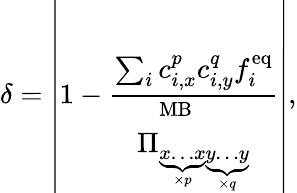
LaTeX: \delta=\left\vert 1-\frac{\sum_{i}c_{i,x}^{p}c_{i,y}^{q}f_{i}^{\mathrm{eq}}}{\Pi_{\underbrace{x\dots x}_{\times p}\underbrace{y\dots y}_{\times q}}^{\mathrm{MB}}}\right\vert,